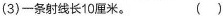
(3)一条射线长10厘米。（）